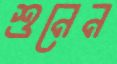
শুনেন